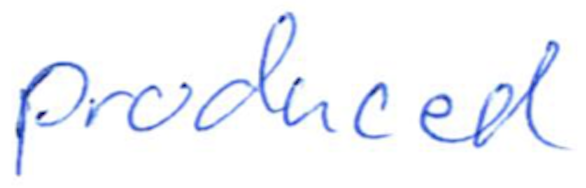
Text: produced
Cross-out: clean
Writing tool: ballpoint